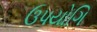
ઉપયોગિ